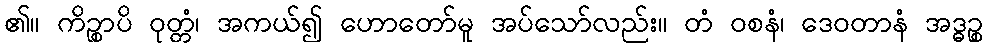
၏။ ကိဉ္စာပိ ဝုတ္တံ၊ အကယ်၍ ဟောတော်မူ အပ်သော်လည်း။ တံ ဝစနံ၊ ဒေဝတာနံ အဒ္ဓဉ္စ